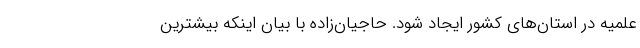
علمیه در استان‌های کشور ایجاد شود. حاجیان‌زاده با بیان اینکه بیشترین